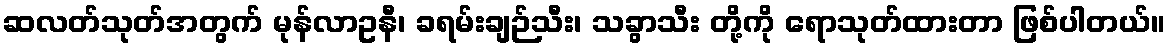
ဆလတ်သုတ်အတွက် မုန်လာဥနီ၊ ခရမ်းချဉ်သီး၊ သခွာသီး တို့ကို ရောသုတ်ထားတာ ဖြစ်ပါတယ်။